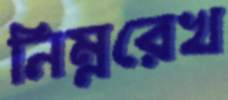
নিম্নরেখ